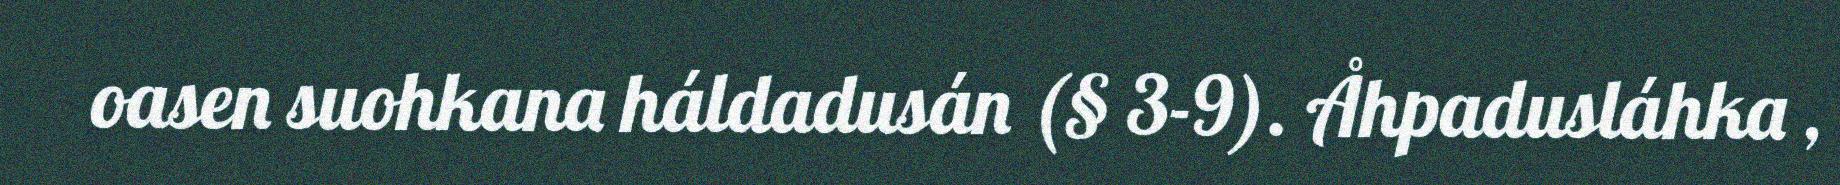
oasen suohkana háldadusán (§ 3-9). Åhpadusláhka ,